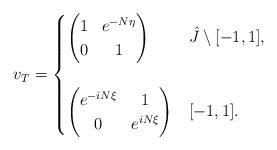
LaTeX: \begin{align*}v_T= \begin{cases}\begin{pmatrix}1 & e^{-N \eta} \\0 &1\end{pmatrix} & \hat{J}\setminus [-1,1], \\ \\\begin{pmatrix}e^{-iN \xi} & 1 \\0 &e^{iN \xi}\end{pmatrix} & [-1,1]. \end{cases}\end{align*}